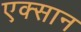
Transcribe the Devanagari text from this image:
एक्सान